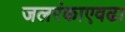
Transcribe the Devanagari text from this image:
जलरंकाएवढा